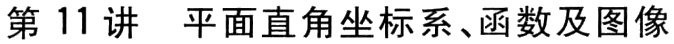
第 11 讲 平面直角坐标系、函数及图像